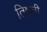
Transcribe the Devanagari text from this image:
तिष्ठती